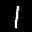
Label: 1